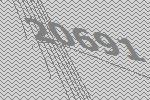
20691